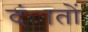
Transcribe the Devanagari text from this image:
दंातों